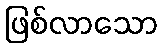
ဖြစ်လာသော